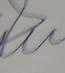
Signature authenticity: forged